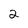
Character: 2